Riigikohus_(kohtuotsuste_protokollid), lk 19
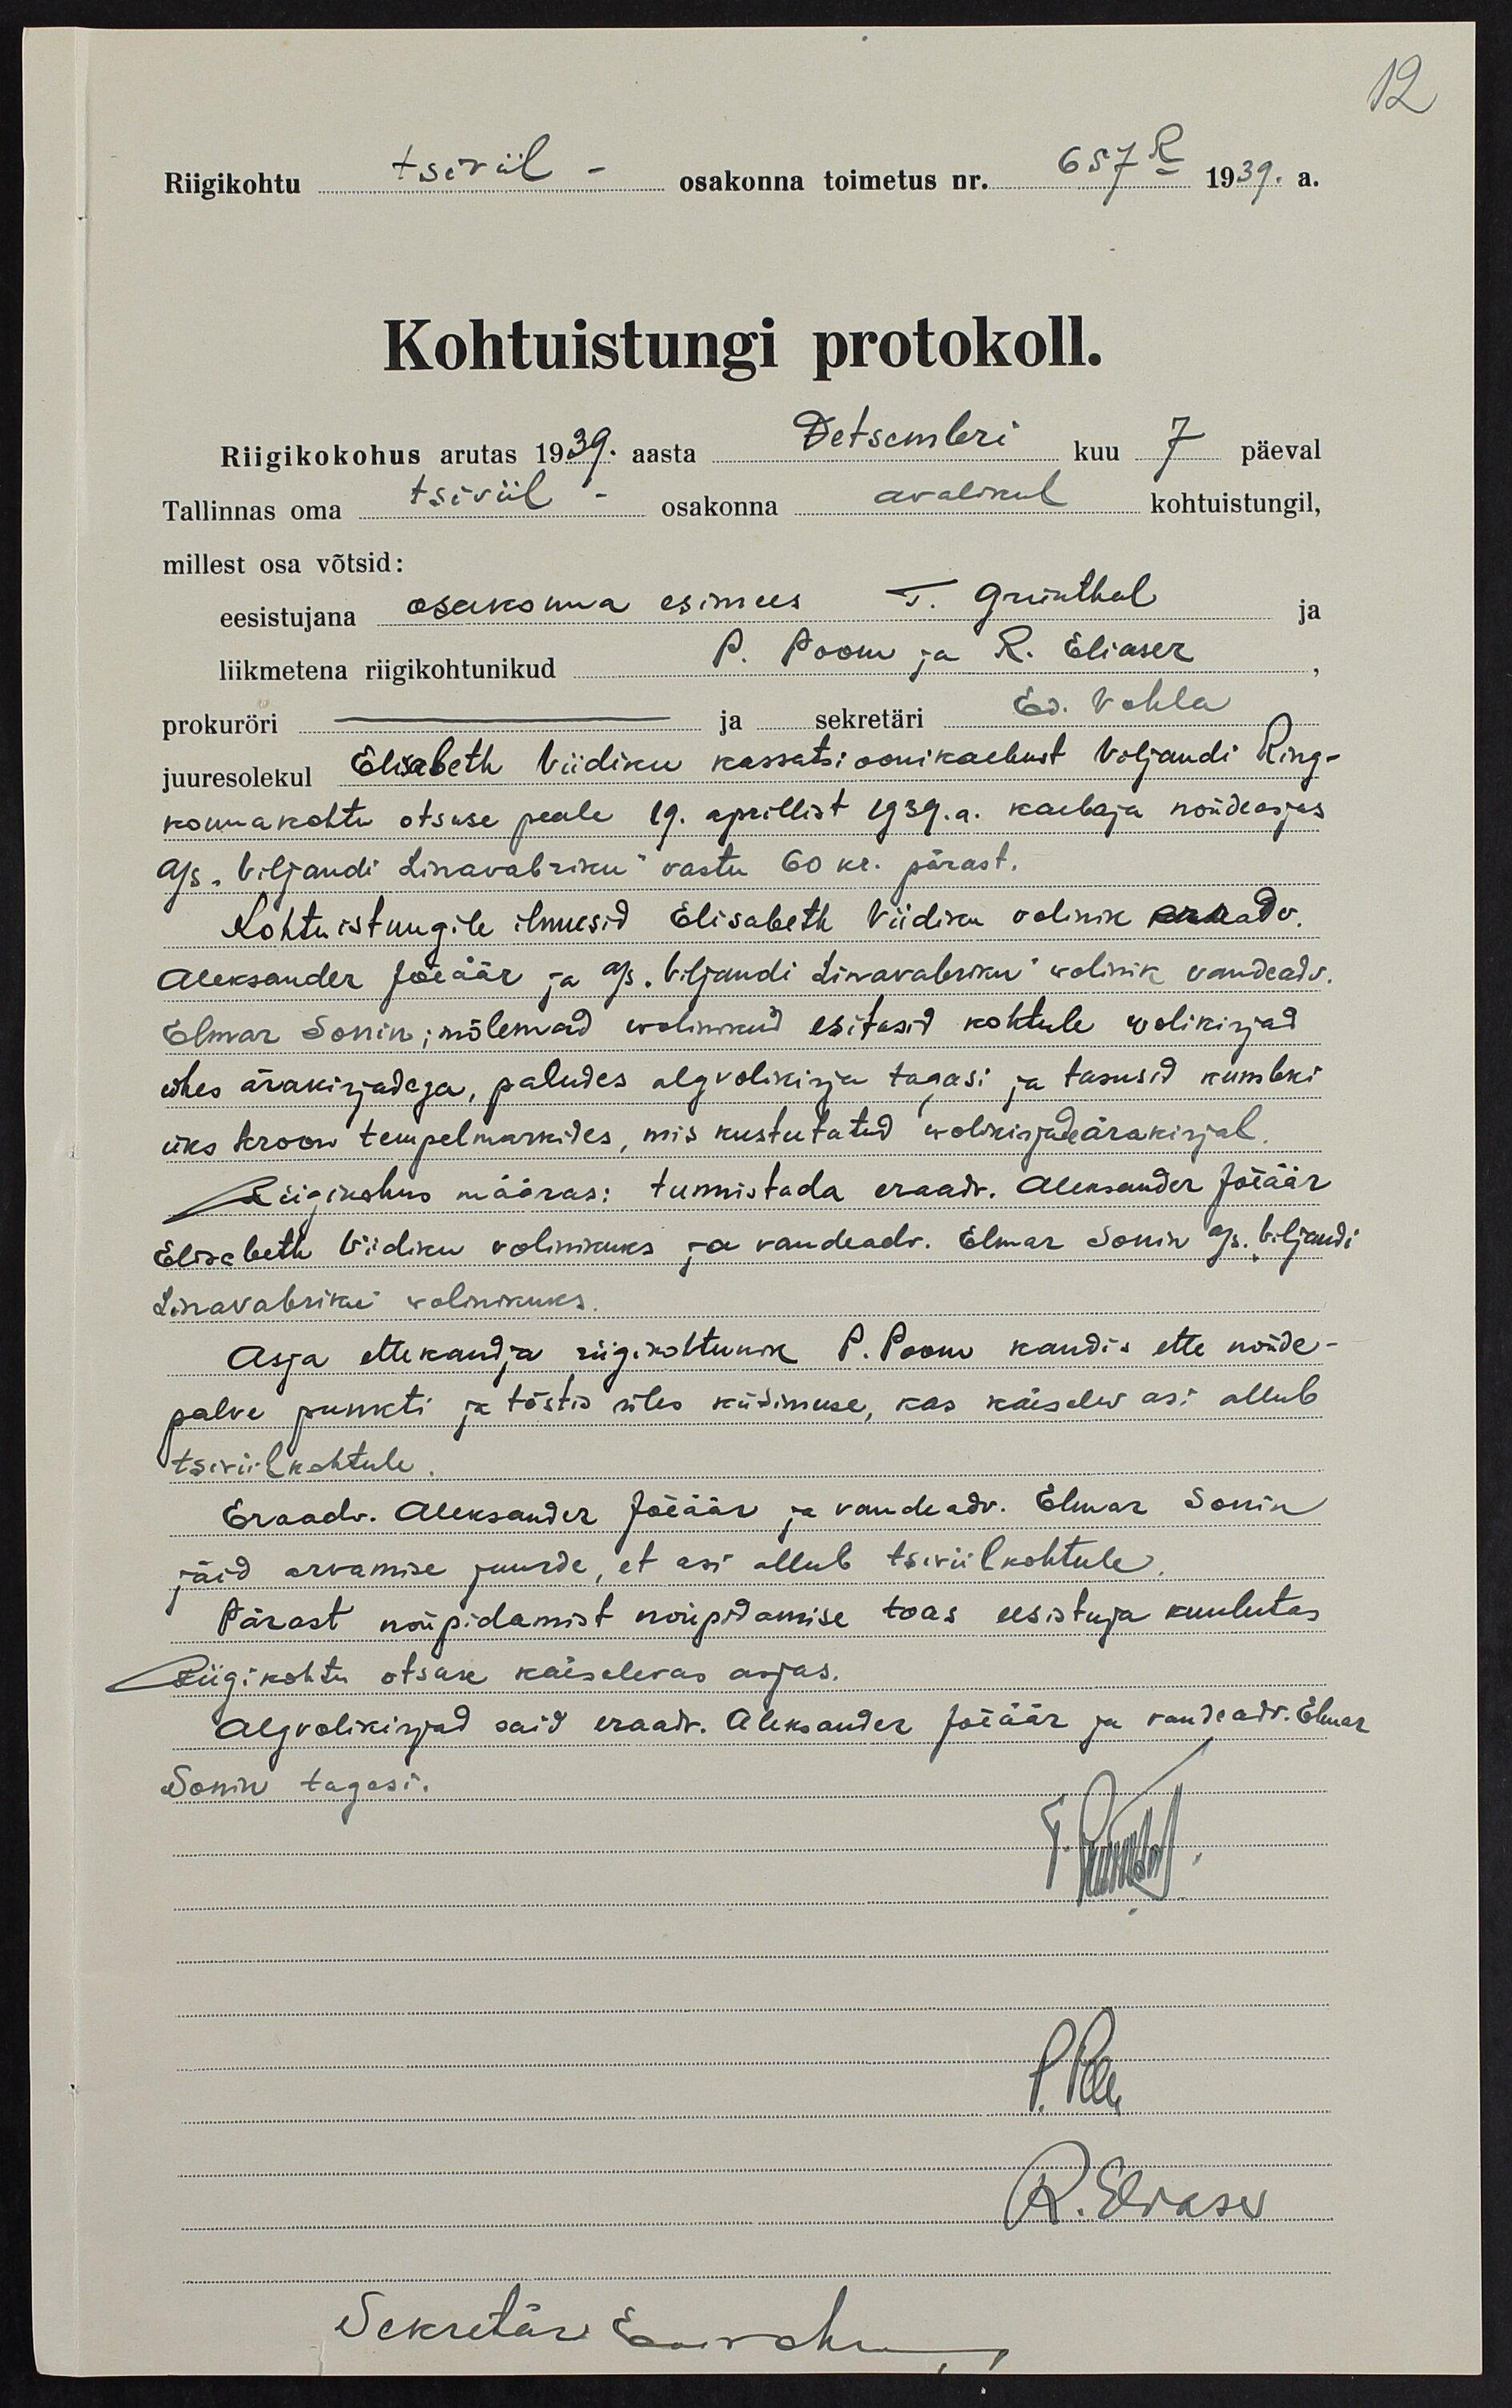
Riigikohtu tsiviil - osakonna toimetus nr. 657-R 1939. a.
Kohtuistungi protokoll.
Riigikokohus arutas 1939. aasta Detsembri kuu 7 päeval
Tallinnas oma tsiviil osakonna avalikul kohtuistungil,
millest osa võtsid:
eesistujana osakonna esimees T. Grünthal
liikmetena riigikohtunikud P. Poom ja R. Eliaser
ja sekretäri Ed. Vahla
prokuröri
juuresolekul Elisabeth Viidiku kassatsioonikaebust Viljandi Ring-
konnakohtu otsuse peale 19. aprillist 1939.a. kaebaja nõudeasjas
A/S "Viljandi Linavabriku" vastu 60 kr. pärast.
Kohtuistungile ilmusid Elisabeth Viidiku volinik eraadv
Aleksander Jõeäär ja A/S "Viljandi Linavabriku" wolinik vandeadv
Elmar Sonin, mõlemad wolinikud esitasid kohtule wolikirjad
ühes ärakirjadega, paludes algvolikirja tagasi ja tasusid kumbki
üks kroon tempelmarkides, mis kustutatud wolikirjade ärakirjal
Riigikohus määras: tunnistada eraadv. Aleksander Jõeäär
Elisabeth Viidiku volinikuks ja vandeadv. Elmar Sonin A/S "Viljandi
Linnavabriku" wolinikuks
Asja ettekandja riigikohtunik P. Poom kandis ette nõude-
palve punkti ja tõstis üles küsimuse kas käesolev asi allub
tsiviilkohtule.
Eraadv. Aleksander Jõeäär ja vandeadv. Elmar Sonin
jäid arvamise juurde et asi allub tsiviilkohtule
Pärast nõupidamist nõupidamise toas eesistuja kuulutas
Riigikohtu otsuse käesolevas asjas.
Algvolikirjad said eraadv. Aleksander Jõeäär ja vandeadv. Elmar
Sonin tagasi.